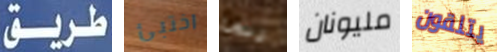
طريق اختبئ ربما مليونان يتلقون